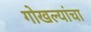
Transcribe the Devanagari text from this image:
गोखल्यांचा